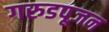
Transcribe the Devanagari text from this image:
गरुडपूजन